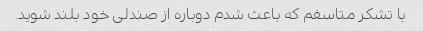
با تشکر متاسفم که باعث شدم دوباره از صندلی خود بلند شوید.